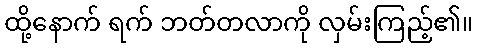
ထို့နောက် ရက် ဘတ်တလာကို လှမ်းကြည့်၏။